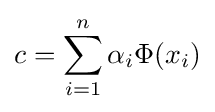
c=\sum _{i=1}^{n}\alpha _{i}\Phi (x_{i})